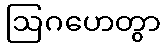
ဩဂဟေတွာ